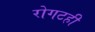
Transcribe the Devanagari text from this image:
रोगटही